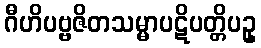
ဂီဟိပဗ္ဗဇိတသမ္မာပဋိပတ္တိပဥှ